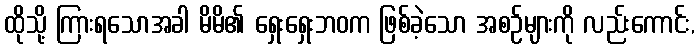
ထိုသို့ ကြားရသောအခါ မိမိ၏ ရှေးရှေးဘဝက ဖြစ်ခဲ့သော အစဉ်များကို လည်းကောင်း,